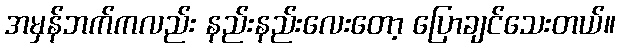
အမှန်ဘက်ကလည်း နည်းနည်းလေးတော့ ပြောချင်သေးတယ်။